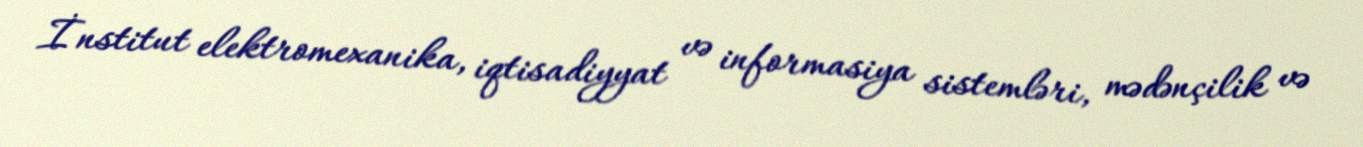
İnstitut elektromexanika, iqtisadiyyat və informasiya sistemləri, mədənçilik və